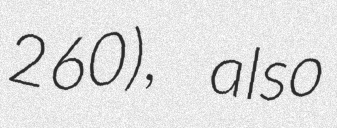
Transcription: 260), also